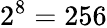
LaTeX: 2^{8}=256